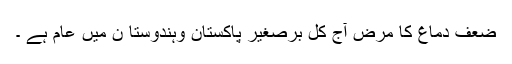
ضعف دماغ کا مرض آج کل برصغیر پاکستان وہندوستا ن میں عام ہے ۔